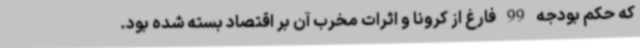
که حکم بودجه 99 فارغ از کرونا و اثرات مخرب آن بر اقتصاد بسته شده بود.